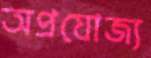
অপ্রযোজ্য